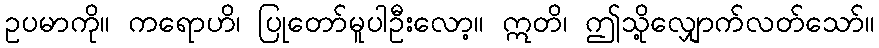
ဥပမာကို။ ကရောဟိ၊ ပြုတော်မူပါဦးလော့။ ဣတိ၊ ဤသို့လျှောက်လတ်သော်။